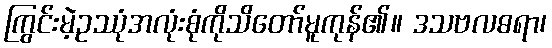
ကြွင်းမဲ့ဥဿုံအလုံးစုံကိုသိတော်မူကုန်၏။ ဒသဗလဓရာ၊